Bombay plague: being a history of the progress of plague in the Bombay presidency from September 1896 to June 1899
Year: 1896
Disease focus: Plague
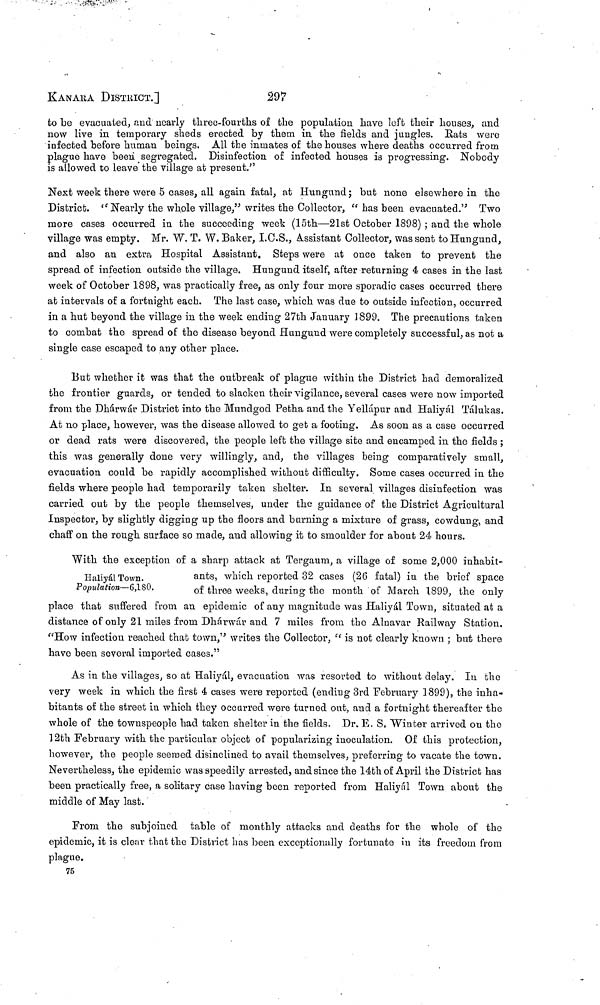
KANAKA DISTRICT.]
297
to be evacuated, and nearly three-fourths of the population have left their houses, and
now live in temporary sheds erected by them in the fields and jungles. Bats were
infected before human beings. All the inmates of the houses where deaths occurred from
plague have been segregated. Disinfection of infected houses is progressing. Nobody
is allowed to leave the village at present."
Next week there were 5 cases, all again fatal, at Hungund ; but none elsewhere in the
District. " Nearly the whole village," writes the Collector, " has been evacuated." Two
more cases occurred in the succeeding week (15th—21st October 1898) ; and the whole
village was empty. Mr. W. T. W. Baker, I.C.S., Assistant Collector, was sent to Hungund,
and also an extra Hospital Assistant. Steps were at once taken to prevent the
spread of infection outside the village. Hungund itself, after returning 4 cases in the last
week of October 1898, was practically free, as only four more sporadic cases occurred there
at intervals of a fortnight each. The last case, which was due to outside infection, occurred
in a hut beyond the village in the week ending 27th January 1899. The precautions taken
to combat the spread of the disease beyond Hungund were completely successful, as not a
single case escaped to any other place.
But whether it was that the outbreak of plague within the District had demoralized
the frontier guards, or tended to slacken their vigilance, several cases were now imported
from the Dhárwár District into the Mundgod Petha and the Yelkipur and Haliyál Tálukas.
At no place, however, was the disease allowed to get a footing. As soon as a case occurred
or dead rats were discovered, the people left the village site and encamped in the fields ;
this was generally done very willingly, and, the villages being comparatively small,
evacuation could be rapidly accomplished without difficulty. Some cases occurred in the
fields where people had temporarily taken shelter. In several villages disinfection was
carried out by the people themselves, under the guidance of the District Agricultural
Inspector, by slightly digging up the floors and burning a mixture of grass, cowdung, and
chaff on the rough surface so made, and allowing it to smoulder for about 24 hours.
Haliyál Town.
Population—6,180.
With the exception of a sharp attack at Tergaum, a village of some 2,000 inhabit-
ants, which reported 32 cases (26 fatal) in the brief space
of three weeks, during the month of March 1899, the only
place that suffered from an epidemic of any magnitude was Haliyal Town, situated at a
distance of only 21 miles from Dhárwár and 7 miles from the Aluavar Railway Station.
"How infection reached that town," writes the Collector, "is not clearly known ; but there
have been several imported cases."
As in the villages, so at Haliyál, evacuation was resorted to without delay. In the
very week in which the first 4 cases were reported (ending 3rd February 1899), the inha-
bitants of the street in which they occurred were turned out, and a fortnight thereafter the
whole of the townspeople had taken shelter in the fields. Dr. E. S, Winter arrived on the
12th February with the particular object of popularizing inoculation. Of this protection,
however, the people seemed disinclined to avail themselves, preferring to vacate the town.
Nevertheless, the epidemic was speedily arrested, and since the 14th of April the District has
been practically free, a solitary case having been reported from Haliyál Town about the
middle of May last.
From the subjoined table of monthly attacks and deaths for the whole of the
epidemic, it is clear that the District has been exceptionally fortunate in its freedom from
plague.
75